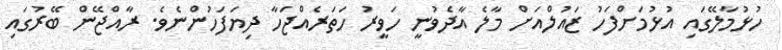
ހުޅުމާލޭގައި އުޅުމަށްފަހު ޒައުލްއަށް މާލެ އާދެވުނީ ހަވީރު ހަތަރެއްޖަހާ ދިޔަފަހުންނެވެ. ރާއްޖޭން ބޭރުގައި